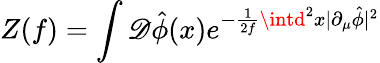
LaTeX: Z(f)=\int{\cal\mathscr{D}}\hat{{\phi}}(x)e^{-\frac{{1}}{{2f}}\intd^{2}x|\partial_{\mu}\hat{{\phi}}|^{2}}